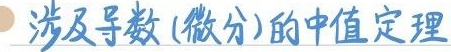
涉及导数(微分)的中值定理